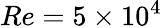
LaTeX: Re=5\times 10^{4}